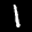
Label: 1